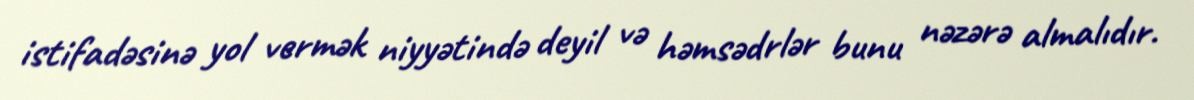
istifadəsinə yol vermək niyyətində deyil və həmsədrlər bunu nəzərə almalıdır.